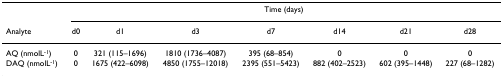
|  | <COLSPAN=7> Time (days) |
 | Analyte | d0 | d1 | d3 | d7 | d14 | d21 | d28 |
 | --- | --- | --- | --- | --- | --- | --- | --- |
 | AQ (nmolL-1) | 0 | 321 (115–1696) | 1810 (1736–4087) | 395 (68–854) | 0 | 0 | 0 |
 | DAQ (nmolL-1) | 0 | 1675 (422–6098) | 4850 (1755–12018) | 2395 (551–5423) | 882 (402–2523) | 602 (395–1448) | 227 (68–1282) |